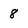
Character: 8